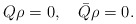
\begin{align*} Q \rho = 0, \quad\bar Q \rho = 0.\end{align*}